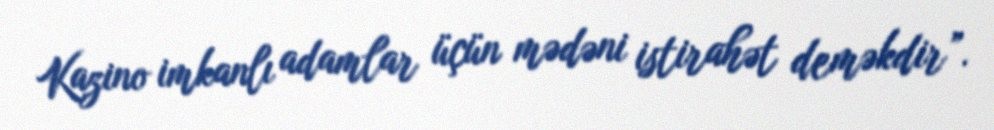
Kazino imkanlı adamlar üçün mədəni istirahət deməkdir”.